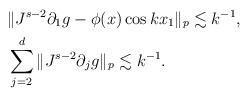
LaTeX: \begin{align*}&\| J^{s-2} \partial_1 g - \phi(x) \cos kx_1\|_p \lesssim k^{-1}, \\& \sum_{j=2}^d \| J^{s-2} \partial_j g \|_p \lesssim k^{-1}.\end{align*}